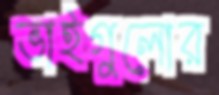
ভাইগুলোর